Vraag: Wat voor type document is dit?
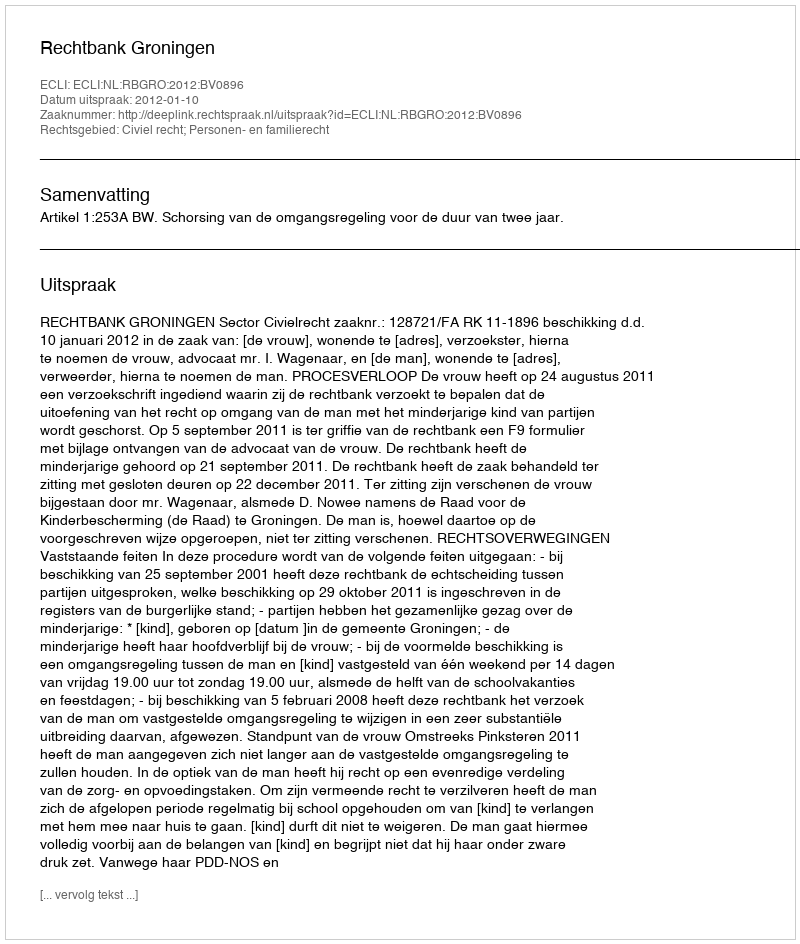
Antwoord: Uitspraak